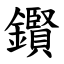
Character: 鑦